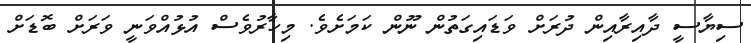
ސިޔާސީ ދާއިރާއިން ދުރަށް ވަޑައިގަތުން ނޫން ކަމަށެވެ. މިހާރުވެސް އުޅުއްވަނީ ވަރަށް ބޮޑަށް